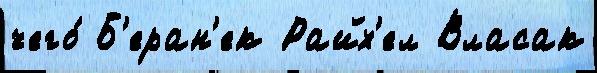
чего́ Б'еран'ек Райх'ел Власак